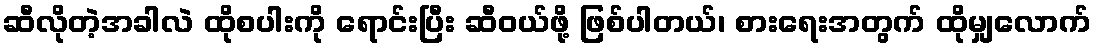
ဆီလိုတဲ့အခါလဲ ထိုစပါးကို ရောင်းပြီး ဆီဝယ်ဖို့ ဖြစ်ပါတယ်၊ စားရေးအတွက် ထိုမျှလောက်